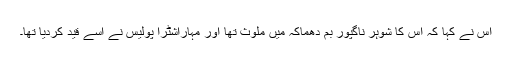
اس نے کہا کہ اس کا شوہر ناگپور بم دھماکہ میں ملوث تھا اور مہاراشٹرا پولیس نے اسے قید کردیا تھا۔